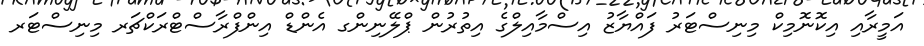
އަމީރާއި އިކޮނޮމިކް މިނިސްޓަރު ފައްޔާޒު އިސްމާއިލްގެ އިތުރުން ޕްލޭނިންގ އެންޑް އިންފްރާސްޓްރަކްޗަރ މިނިސްޓަރ